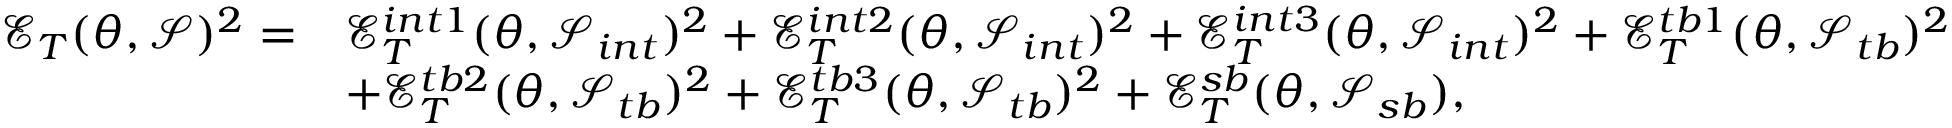
\begin{array} { r l } { \mathcal { E } _ { T } ( \theta , \mathcal { S } ) ^ { 2 } = } & { \mathcal { E } _ { T } ^ { i n t 1 } ( \theta , \mathcal { S } _ { i n t } ) ^ { 2 } + \mathcal { E } _ { T } ^ { i n t 2 } ( \theta , \mathcal { S } _ { i n t } ) ^ { 2 } + \mathcal { E } _ { T } ^ { i n t 3 } ( \theta , \mathcal { S } _ { i n t } ) ^ { 2 } + \mathcal { E } _ { T } ^ { t b 1 } ( \theta , \mathcal { S } _ { t b } ) ^ { 2 } } \\ & { + \mathcal { E } _ { T } ^ { t b 2 } ( \theta , \mathcal { S } _ { t b } ) ^ { 2 } + \mathcal { E } _ { T } ^ { t b 3 } ( \theta , \mathcal { S } _ { t b } ) ^ { 2 } + \mathcal { E } _ { T } ^ { s b } ( \theta , \mathcal { S } _ { s b } ) , } \end{array}